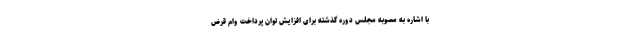
با اشاره به مصوبه مجلس دوره گذشته برای افزایش توان پرداخت وام قرض